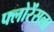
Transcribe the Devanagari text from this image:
फ्लोरेंसला